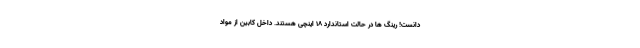
دانست! رینگ ها در حالت استاندارد 18 اینچی هستند. داخل کابین از مواد